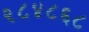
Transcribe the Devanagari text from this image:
२८४८६८